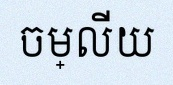
ចម្លើយ